Vaccination in Bombay 1856-1862 - 1856-1862
Year: 1856
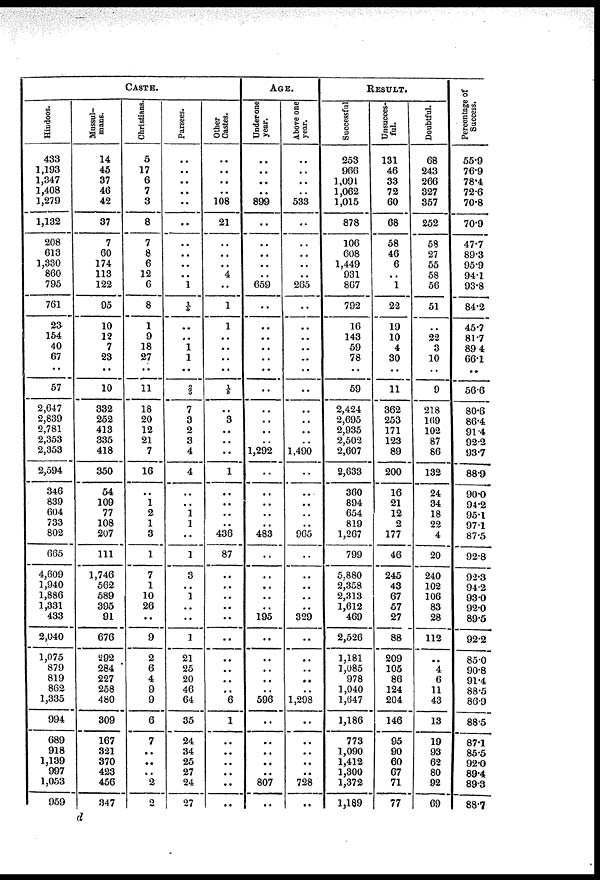
CASTE.
Hiudoos.
433
1,193
1,347
1,408
1,279
1,132
208
613
1,330
860
795
761
23
154
40
67
..
57
2,647
2,839
2,781
2,353
2,353
2,594
346
839
604
733
802
665
4,609
1,940
1,886
1,331
433
2,040
1,075
879
819
862
1,335
994
689
918
1,139
997
1,053
959
Mussul-
mans.
14
45
37
46
42
37
7
60
174
113
122
95
10
12
7
23
..
10
332
252
413
335
418
350
54
109
77
108
207
111
1,746
562
589
395
91
676
292
284
227
258
480
309
167
321
370
423
456
347
Christians.
5
17
6
7
3
8
7
8
6
12
6
8
1
9
18
27
..
11
18
20
12
21
7
16
..
1
2
1
3
1
7
1
10
26
..
9
2
6
4
9
9
6
7
..
..
..
2
2
Parsees.
..
..
..
..
..
..
..
..
..
..
1
1/5
..
..
1
1
..
..
7
3
2
3
4
4
..
..
1
1
..
1
3
..
1
..
..
1
21
25
20
46
64
35
24
34
25
27
24
27
Other
Castes.
..
..
..
..
108
21
..
..
..
4
..
1
1
..
..
..
..
..
..
3
..
..
..
1
..
..
..
..
436
87
..
..
..
..
..
..
..
..
..
..
6
1
..
..
..
..
..
..
AGE.
Under one
year.
..
..
..
899
..
..
..
..
.. 659
..
..
..
..
..
..
..
..
..
..
..
1,292
..
..
..
..
..
483
..
..
..
..
..
195
..
..
..
..
..
596
..
..
..
..
..
807
..
Above one
year.
..
..
533
..
..
..
..
..
265
..
..
..
..
..
..
..
..
..
..
..
1,490
..
..
..
..
..
965
..
..
..
..
..
329
..
..
..
..
..
1,298
..
..
..
..
..
728
..
RESULT.
Successful
253
966
1,091
1,062
1,015
878
106
608
1,449
931
867
792
16
143
59
78
..
59
2,424
2,695
2,935
2,502
2,607
8,633
360
894
654
819
1,267
799
5,880
2,358
2,313
1,612
469
2,526
1,181
1,085
978
1,040
1,647
1,186
773
1,090
1,412
1,300
1,372
1,189
Unsucces.
ful.
131
46
33
72
60
68
58
46
6
.. 1
22
19
10
4
30
..
11
362
253
171
123
89
200
16
21
12
2
177
46
245
43
67
57
27
88
209
105
86
124
204
146
95
90
60
67
71
77
Doubtful.
68
243
266
327
357
252
58
27
55
58
56
51
..
22
3
10
..
9
218
169
102
87
86
132
24
34
18
22
4
20
240
102
106
83
28
112
..
4
6
11
43
13
19
93
62
80
92
69
Percentage of
Success.
55.9
769
78.4
72.6
70.8
70.9
47.7
89.3
95.9
94.1
93.8
84.2
45.7
81.7
89.4
66.1
..
56.6
80.6
86.4
91.4
92.2
93.7
88.9
90.0
94.2
95.1
97.1
87.5
92.8
92.3
94.2
93.0
92.0
89.5
92.2
85.0
90.8
91.4
88.5
86.9
88.5
87.1
85.5
92.0
89.4
89.3
88.7
d